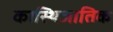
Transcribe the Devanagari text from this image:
कास्थिजातिक